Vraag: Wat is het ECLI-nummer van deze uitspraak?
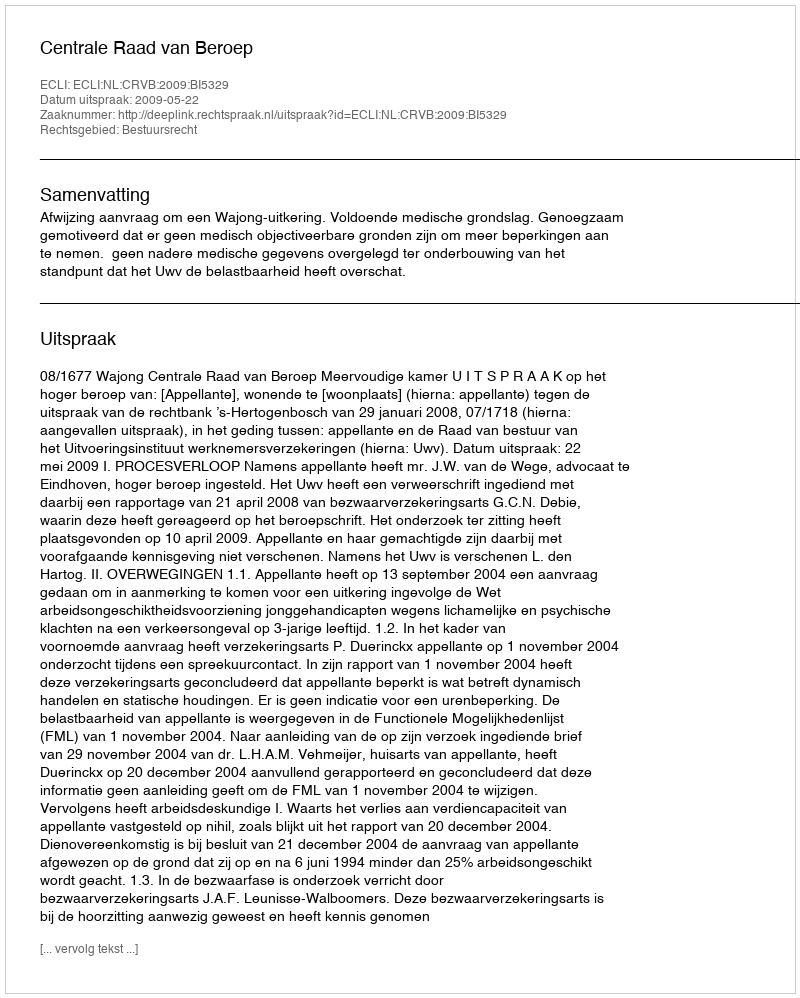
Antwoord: ECLI:NL:CRVB:2009:BI5329